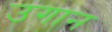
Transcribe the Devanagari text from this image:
उगान